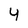
Character: 4